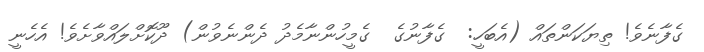
ގެފާނެވެ! ތިޔަކަންތައް (އެބަހީ:  ގެފާނުގެ  ގެމީހުންނާމެދު ދެންނެވުން) ދޫކޮށްލައްވާށެވެ! އެހެނީ